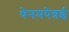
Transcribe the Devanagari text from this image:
थेनमपेन्नई